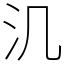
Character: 㲹